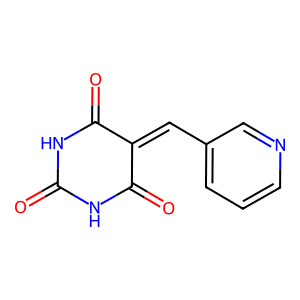
SMILES: O=C1NC(=O)C(=Cc2cccnc2)C(=O)N1
Inhibits HIV replication: No